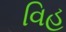
વિહ